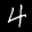
Label: 4